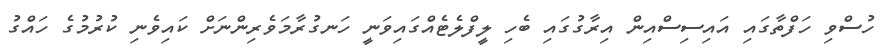
ހުސްވި ހަފްތާގައި އައިސިސްއިން އިރާގުގައި ބެހި ލީފްލެޓެއްގައިވަނީ ހަނގުރާމަވެރިންނަށް ކައިވެނި ކުރުމުގެ ހައްގު